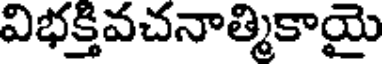
విభక్తివచనాత్మికాయై